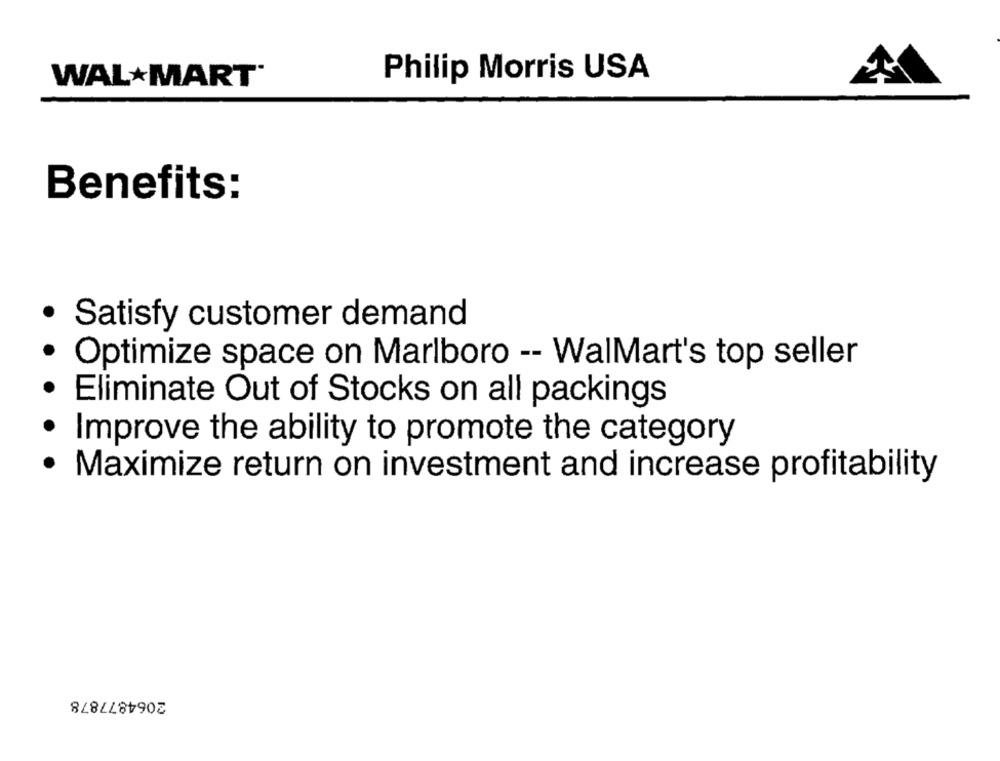
WALMART
Philip Morris USA
Benefits:
.
Satisfy customer demand
Optimize space on Marlboro -- WalMart's top seller
Eliminate Out of Stocks on all packings
Improve the ability to promote the category
Maximize return on investment and increase profitability
2064877878